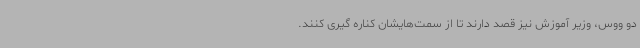
دو ووس، وزیر آموزش نیز قصد دارند تا از سمت‌هایشان کناره گیری کنند.